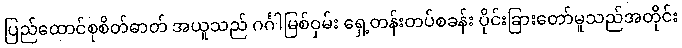
ပြည်ထောင်စုစိတ်ဓာတ် အယူသည် ဂင်္ဂါမြစ်ဝှမ်း ရှေ့တန်းတပ်စခန်း ပိုင်းခြားတော်မူသည်အတိုင်း